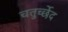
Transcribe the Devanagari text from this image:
चतुर्च्छेद